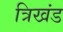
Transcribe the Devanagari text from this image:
त्रिखंड